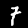
Digit: 7